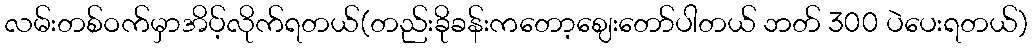
လမ်းတစ်ဝက်မှာအိပ့်လိုက်ရတယ်(တည်းခိုခန်းကတော့ဈေးတော်ပါတယ် ဘတ် 300 ပဲပေးရတယ်)